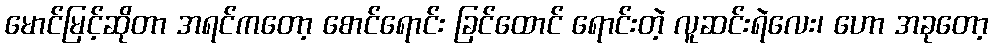
မောင်မြင့်ဆိုတာ အရင်ကတော့ စောင်ရောင်း ခြင်ထောင် ရောင်းတဲ့ လူဆင်းရဲလေး၊ ဟော အခုတော့